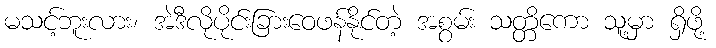
မသင့်ဘူးလား၊ အဲဒီလိုပိုင်းခြားဝေဖန်နိုင်တဲ့ အစွမ်း သတ္တိကော သူ့မှာ ရှိဖို့